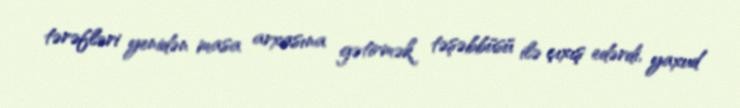
tərəfləri yenidən masa arxasına gətirmək təşəbbüsü ilə çıxış edərdi, yaxud